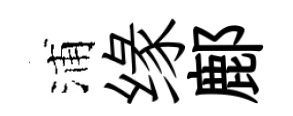
浦缘鄜